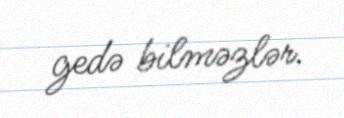
gedə bilməzlər.